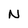
Character: N